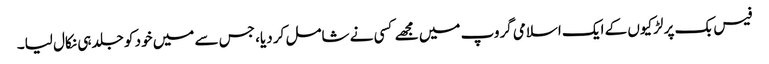
فیس بک پر لڑکیوں کے ایک اسلامی گروپ میں مجھے کسی نے شامل کر دیا، جس سے میں خود کو جلد ہی نکال لیا۔